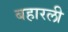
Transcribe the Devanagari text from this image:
बहारली